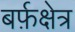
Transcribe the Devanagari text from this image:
बर्फ़क्षेत्र